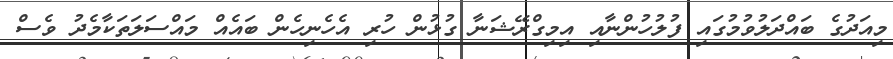
މިއަދުގެ ބައްދަލުވުމުގައި ފުލުހުންނާއި އިމިގްރޭޝަނާ ގުޅުން ހުރި އެހެނިހެން ބައެއް މައްސަލަތަކާމެދު ވެސް